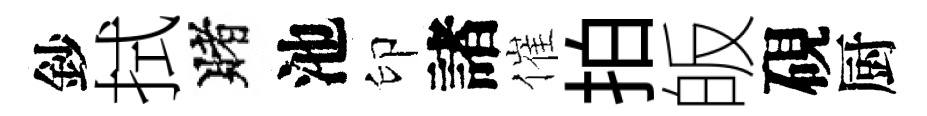
鈔拭賭池印諸催拍皈硯厨